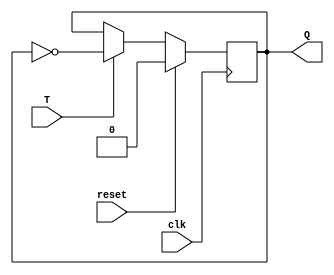
module ttf(T, clk, Q, reset);
input T, clk, reset;
output Q;
reg Q;

always @(posedge clk)
begin
    if(reset)
    Q=0;
    else begin
        if(T)
        Q=~Q;
        else
        Q=Q;
    end
end
endmodule

module T_asynchronous(T, clk, Q, reset);
input [2:0]T;
input clk, reset;
output [2:0]Q;

ttf i1(T[0], clk, Q[0], reset);
ttf i2(T[1], ~Q[0], Q[1], reset);
ttf i3(T[2], ~Q[1], Q[2], reset);

endmodule

module test;
reg [2:0]T;
reg clk, reset;
wire [2:0]Q;

T_asynchronous i(T, clk, Q, reset);
always #5 clk = ~clk;
initial 
begin
    T=3'b000; clk=1'b0; reset = 1;
    $monitor("Time :%f, T=%3b, clk=%b, Q=%3b",$time, T,clk,Q);
    #10 reset = 0;
    #10 T=3'b111;
    #80 $finish;
end
endmodule